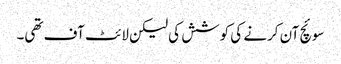
سوئچ آن کرنے کی کوشش کی لیکن لائٹ آف تھی۔